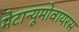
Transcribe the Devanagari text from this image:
मेटान्यूमोवायरस